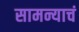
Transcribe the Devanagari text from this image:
सामन्याचं